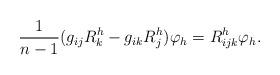
LaTeX: \begin{align*} \frac{1}{n-1}(g_{ij}R^h_{k}-g_{ik}R^h_{j})\varphi_h=R^h_{ijk}\varphi_h. \end{align*}